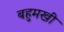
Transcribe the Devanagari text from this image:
बहुमखी